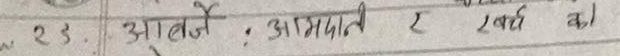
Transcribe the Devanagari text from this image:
२३. आउने, आम्दानी र खर्च को